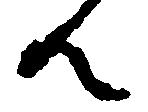
ん